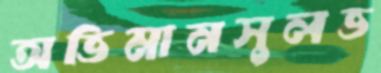
অভিমানসুলভ